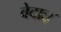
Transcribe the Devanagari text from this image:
वेदाः।